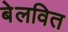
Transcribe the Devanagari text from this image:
बेलवित